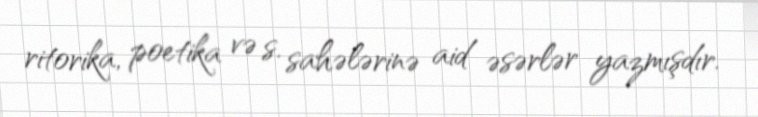
ritorika, poetika və s. sahələrinə aid əsərlər yazmışdır.